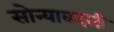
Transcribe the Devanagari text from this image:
सोन्याबदली